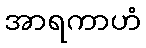
အာရကာဟံ